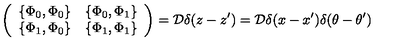
\left( \begin{array} { c c } { \{ \Phi _ { 0 } , \Phi _ { 0 } \} } & { \{ \Phi _ { 0 } , \Phi _ { 1 } \} } \\ { \{ \Phi _ { 1 } , \Phi _ { 0 } \} } & { \{ \Phi _ { 1 } , \Phi _ { 1 } \} } \\ \end{array} \right) = { \cal D } \delta ( z - z ^ { \prime } ) = { \cal D } \delta ( x - x ^ { \prime } ) \delta ( \theta - \theta ^ { \prime } )